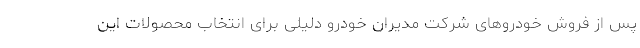
پس از فروش خودروهای شرکت مدیران خودرو دلیلی برای انتخاب محصولات این